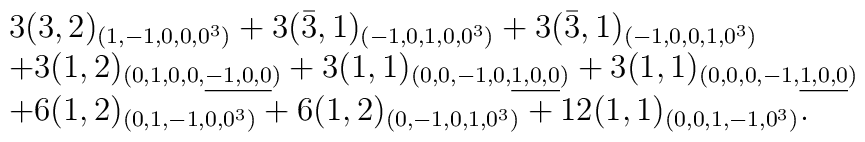
\begin{array}{l}3(3,2)_{(1,-1,0,0,0^3)}+3(\bar{3},1)_{(-1,0,1,0,0^3)}+3(\bar{3},1)_{(-1,0,0,1,0^3)} \\+3(1,2)_{(0,1,0,0,\underline{-1,0,0})}+3(1,1)_{(0,0,-1,0,\underline{1,0,0})}+3(1,1)_{(0,0,0,-1,\underline{1,0,0})}\\+6(1,2)_{(0,1,-1,0,0^3)}+6(1,2)_{(0,-1,0,1,0^3)}+12(1,1)_{(0,0,1,-1,0^3)}. \\\end{array}